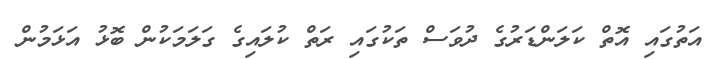
އަތުގައި އޮތް ކަލަންޑަރުގެ ދުވަސް ތަކުގައި ރަތް ކުލައިގެ ގަލަމަކުން ބޮޅު އަޅަމުން